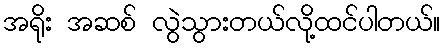
အရိုး အဆစ် လွဲသွားတယ်လို့ထင်ပါတယ်။